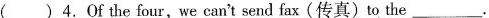
( )4.Of the four,we can't send fax(传真)to the___.